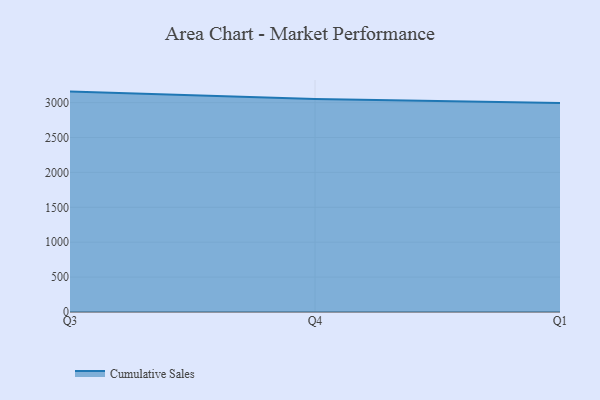
{"axis": {"x": "Quarter", "y": "Headcount"}, "legend": ["Cumulative Sales"], "data": [{"x": "Q3", "y": 3157.7, "type": "Cumulative Sales"}, {"x": "Q4", "y": 3052.7, "type": "Cumulative Sales"}, {"x": "Q1", "y": 2993.8, "type": "Cumulative Sales"}]}